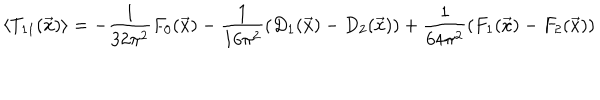
\left\langle T _ { 1 1 } ( \vec { x } ) \right\rangle = - \frac { 1 } { 3 2 \pi ^ { 2 } } F _ { 0 } ( \vec { x } ) - \frac { 1 } { 1 6 \pi ^ { 2 } } \left( D _ { 1 } ( \vec { x } ) - D _ { 2 } ( \vec { x } ) \right) + \frac { 1 } { 6 4 \pi ^ { 2 } } \left( F _ { 1 } ( \vec { x } ) - F _ { 2 } ( \vec { x } ) \right)